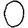
Digit: 0